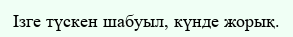
Ізге түскен шабуыл, күнде жорық.